Insane asylums in Bengal annual reports 1867-1875 - 1867-1875
Year: 1867
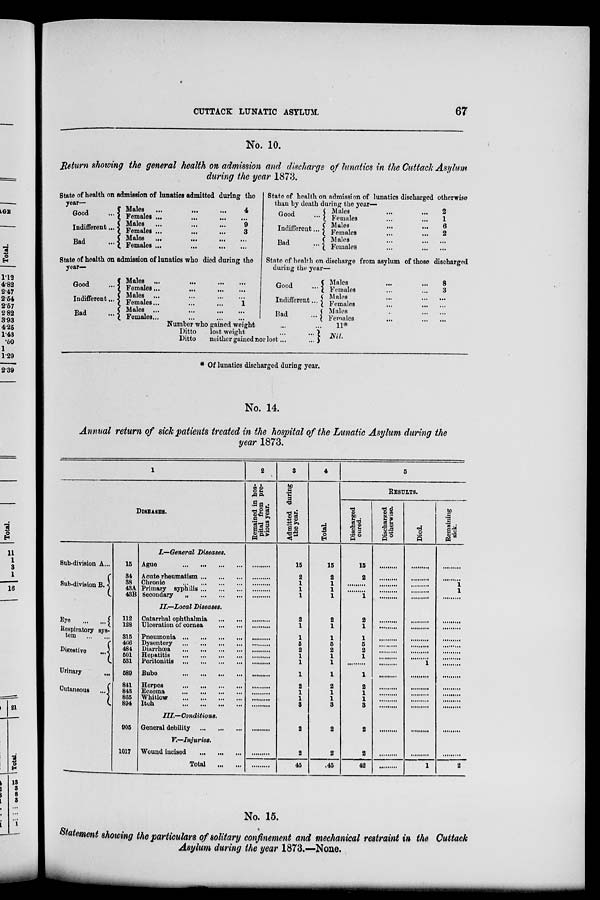
CUTTACK LUNATIC ASYLUM.
67
No. 10.
Return showing the general health on admission and discharge of lunatics in the Cuttack Asylum
during the year 1873.
State of health on admission of lunatics admitted during the
year—
Good
...
Indifferent...
Bad
...
Males ... ... ...
Females ... ... ...
Males ... ... ...
Females ...
...
Males
...
...
...
Females ... ... ...
4
...
9
3
...
...
State of health on admission of lunatics who died during the
year-
Good
...
Indifferent...
Bad
...
Males
... ... ...
Females...
... ...
Males ... ... ...
Females... ... ...
Males ... ... ...
Females...
...
...
...
1
...
...
State of health on admission of lunatics discharged otherwise
than by death during the year-
Good
...
Indifferent...
Bad
...
Males ... ...
Females ... ...
Males
...
...
Females ... ...
Males ... ...
Females ... ...
2
1
6
2
...
...
State of health on discharge from asylum of those discharged
during the year-
Good
...
Indifferent...
Bad
... |
Males
...
...
Females ... ...
Males ... ...
Females ... ...
Males ... ...
Females
... ...
8
3
...
...
...
...
Number who gained weight
Ditto
lost weight ... ...
Ditto
neither gained nor lost ... ...
...
11*
Nil.
* Of lunatics discharged during year.
No. 14.
Annual return of sick patients treated in the hospital of the Lunatic Asylum during the
year 1873.
1
DISEASES.
Sub-division A ...
Sub-diviaion B.
Eye
... ...
Respiratory sys-
tem
...
...
Digestive
...
Urinary ...
Cutaneous ...
15
34
38
43A
43B
112
128
315
466
484
501
531
589
841
843
865
894
905
1017
I.—General Diseases.
Ague
...
...
...
...
Acute rheumatism ... ... ...
Chronic
...
...
...
...
Primary syphilis ... ... ...
Secondary
„
...
...
...
II.—Local
Diseases.
Catarrhal ophthalmia
...
...
Ulceration of cornea
...
...
Pneumonia
...
...
...
...
Dysentery
...
...
...
...
Diarrhœa
...
...
...
...
Hepatitis
...
...
...
...
Peritonitis
...
...
...
...
Bubo ... ... ... ...
Herpes ... ... ... ...
Eczema
...
...
...
...
Whitlow
...
...
...
...
Itch
...
...
...
...
III.—Conditions.
General debility
...
...
...
V.—Injuries.
Wound incised
...
...
...
Total
...
...
2
Remained in hos-
pital from pre-
vious year.
......
......
......
......
......
......
......
......
......
......
......
......
......
......
......
......
......
.......
......
......
3
Admitted during
the year.
15
2
1
1
1
2
1
1
5
2
1
1
1
2
1
1
3
2
2
45
4
Total.
15
2
1
1
1
2
1
1
5
2
1
1
1
2
1
1
3
2
2
45
5
Results.
Discharged
cured.
15
2
... ...
1
2
1
1
5
2
1
... ...
1
2
1
1
3
2
2
42
Discharged
otherwise.
......
......
......
......
......
......
......
......
......
......
......
......
......
......
......
......
......
......
.......
......
Died.
......
......
......
......
......
......
......
......
......
......
......
1
......
......
......
......
......
.......
......
1
Remaining
sick.
......
......
1
1
......
......
......
......
......
......
......
......
......
......
......
......
......
......
......
2
No. 15.
Statement showing the particulars of solitary confinement and mechanical restraint in the Cuttack
Asylum during the year 1873.—None.